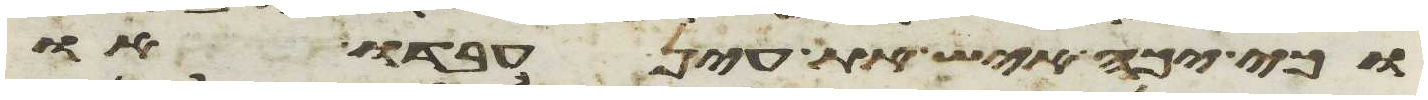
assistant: וכי יכה איש את עין עבדו או